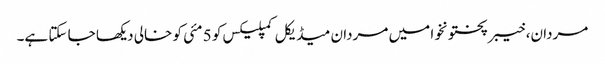
مردان، خیبرپختونخوا میں مردان میڈیکل کمپلیکس کو 5 مئی کو خالی دیکھا جا سکتا ہے۔